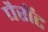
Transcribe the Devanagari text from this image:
पैरॉट